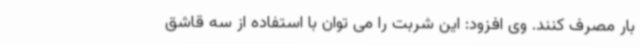
بار مصرف کنند. وی افزود: این شربت را می توان با استفاده از سه قاشق